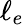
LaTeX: \ell_{e}